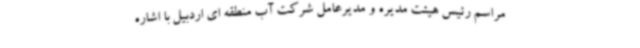
مراسم رئیس هیئت مدیره و مدیرعامل شرکت آب منطقه ای اردبیل با اشاره